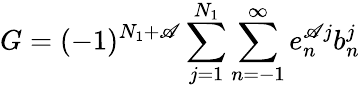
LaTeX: G=(-1)^{N_{1}+\mathscr{A}}\sum_{j=1}^{N_{1}}\sum_{n=-1}^{\infty}e_{n}^{\mathscr{A}j}b_{n}^{j}